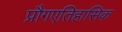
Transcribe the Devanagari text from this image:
प्रौगएतिहासिक